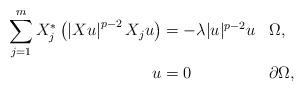
LaTeX: \begin{align*}\begin{aligned}\sum_{j=1}^{m}X_{j}^{*}\left(\left|X u\right|^{p-2} X_{j}u\right)&=-\lambda|u|^{p-2} u && \Omega, \\u&=0&& \partial \Omega,\end{aligned}\end{align*}